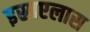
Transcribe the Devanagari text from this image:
इस्राएलास